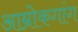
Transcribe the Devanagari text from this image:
आम्रोकगांग